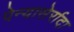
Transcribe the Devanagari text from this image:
पेन्यासेर्रादा